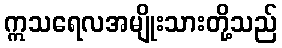
ဣသရေလအမျိုးသားတို့သည်